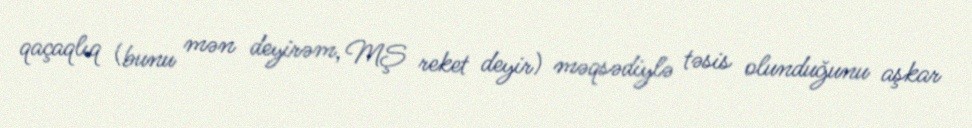
qaçaqlıq (bunu mən deyirəm, MŞ reket deyir) məqsədiylə təsis olunduğunu aşkar